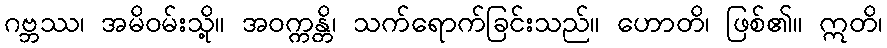
ဂဗ္ဘဿ၊ အမိဝမ်းသို့။ အဝက္ကန္တိ၊ သက်ရောက်ခြင်းသည်။ ဟောတိ၊ ဖြစ်၏။ ဣတိ၊